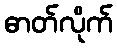
ဓာတ်လိုက်